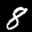
Label: 8